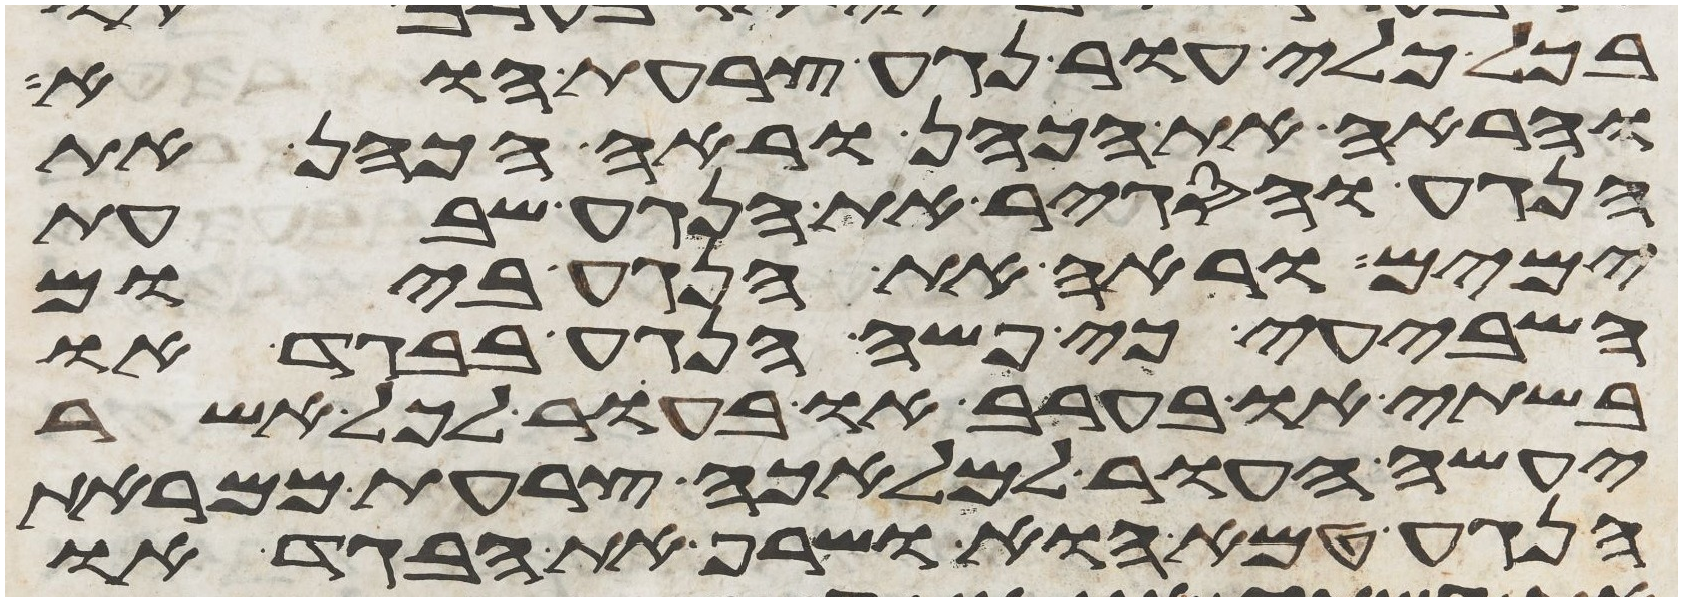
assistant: בכל כלי עור נגע צרעת הוא
והראה את הכהן וראה הכהן את
הנגע והסגיר את הנגע שבעת
ימים וראה את הנגע ביום
השביעי כי פשה הנגע בבגד או
בשתי או בערב או בעור לכל אשר
יעשה העור למלאכה צרעת ממראת
הנגע טמא הוא ושרף את הבגד או